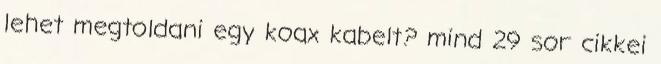
lehet megtoldani egy koax kabelt? mind 29 sor cikkei